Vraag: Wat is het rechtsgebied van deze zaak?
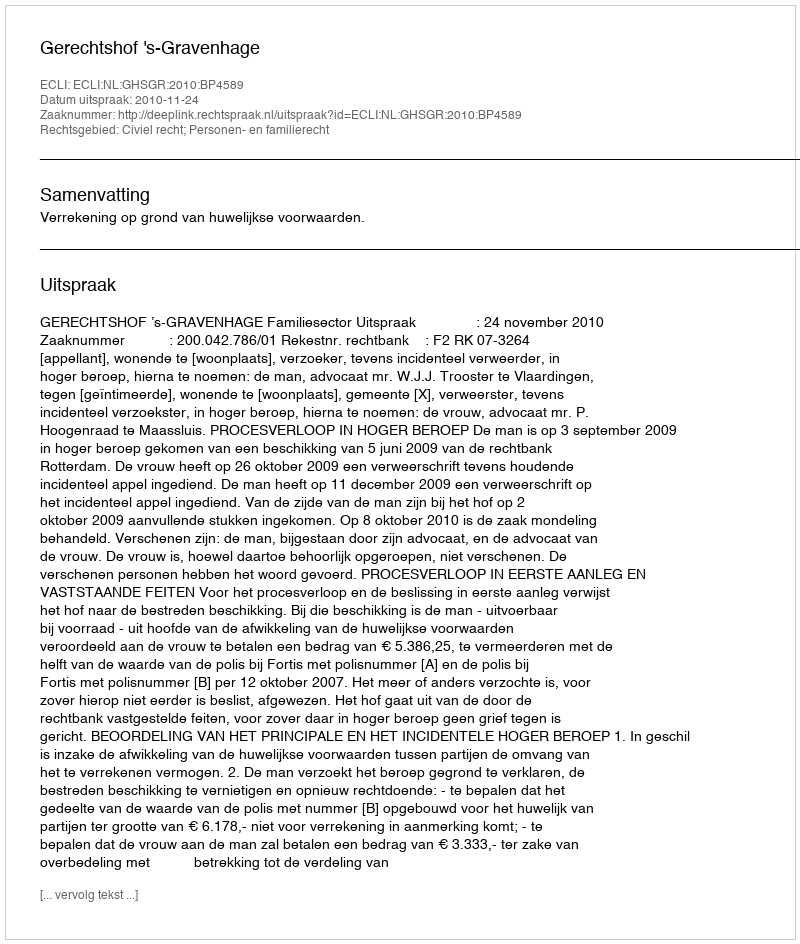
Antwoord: Civiel recht; Personen- en familierecht